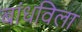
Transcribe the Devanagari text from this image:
बांधविला